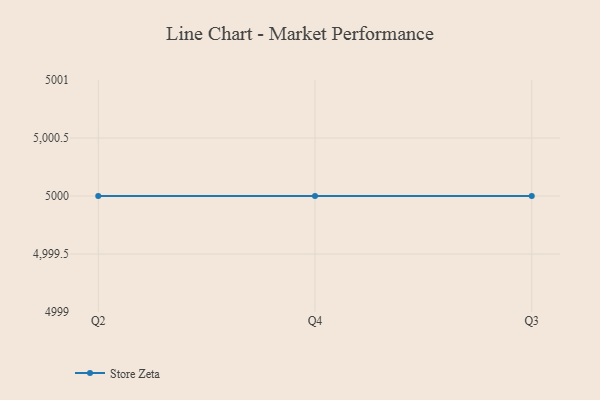
{"axis": {"x": "Quarter", "y": "Conversion Rate (%)"}, "legend": ["Store Zeta"], "data": [{"x": "Q2", "y": 5000, "type": "Store Zeta"}, {"x": "Q4", "y": 5000, "type": "Store Zeta"}, {"x": "Q3", "y": 5000, "type": "Store Zeta"}]}